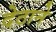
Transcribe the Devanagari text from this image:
देठाने